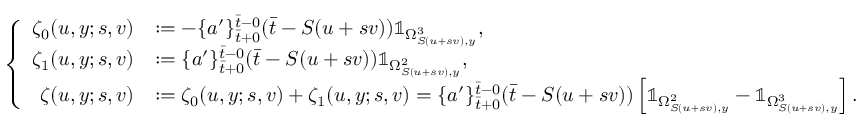
\left\{ \begin{array} { r l } { \zeta _ { 0 } ( u , y ; s , v ) } & { : = - \{ a ^ { \prime } \} _ { \bar { t } + 0 } ^ { \bar { t } - 0 } ( \bar { t } - S ( u + s v ) ) \mathbb { 1 } _ { \Omega _ { S ( u + s v ) , y } ^ { 3 } } , } \\ { \zeta _ { 1 } ( u , y ; s , v ) } & { : = \{ a ^ { \prime } \} _ { \bar { t } + 0 } ^ { \bar { t } - 0 } ( \bar { t } - S ( u + s v ) ) \mathbb { 1 } _ { \Omega _ { S ( u + s v ) , y } ^ { 2 } } , } \\ { \zeta ( u , y ; s , v ) } & { : = \zeta _ { 0 } ( u , y ; s , v ) + \zeta _ { 1 } ( u , y ; s , v ) = \{ a ^ { \prime } \} _ { \bar { t } + 0 } ^ { \bar { t } - 0 } ( \bar { t } - S ( u + s v ) ) \left[ \mathbb { 1 } _ { \Omega _ { S ( u + s v ) , y } ^ { 2 } } - \mathbb { 1 } _ { \Omega _ { S ( u + s v ) , y } ^ { 3 } } \right] . } \end{array} \right.